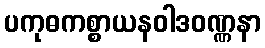
ပကုဓကစ္စာယနဝါဒဝဏ္ဏနာ